Report on the lunatic asylums under the Government of Bombay - 1904-1913
Year: 1904
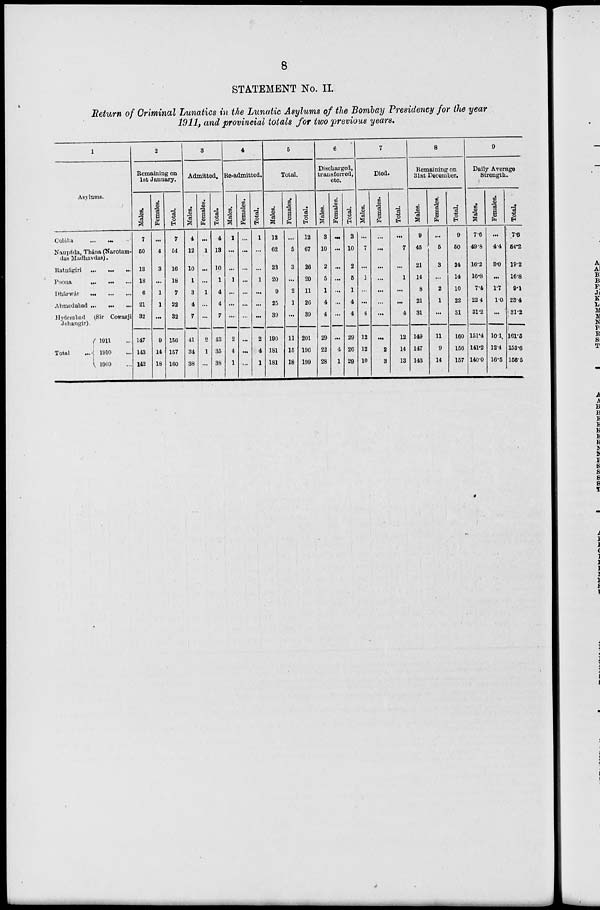
8
STATEMENT No. II.
Return of Criminal Lunatics in the Lunatic Asylums of the Bombay Presidency for the year
1911, and provincial totals for two previous years.
1
Asylums.
Colába
...
... ...
Naupáda, Thána (Narotam-
das Madhavdas).
Ratnágiri
...
...
...
Poona
...
...
...
Dhárwár
...
...
...
Ahmedabad ...
...
...
Hyderabad (Sir Cowasji
Jehangir).
Total ...
1911 ...
1910 ...
1909 ...
2
Remaining on
1st January.
Males.
7
50
13
18
6
21
32
147
143
142
Females.
...
4
3
...
1
1
...
9
14
18
Total.
7
54
16
18
7
22
32
156
157
160
3
Admitted.
Males.
4
12
10
1
3
4
7
41
34
38
Females.
...
1
...
...
1
...
...
2
1
...
Total.
4
13
10
1
4
4
7
43
35
38
4
Re-admitted.
Males.
1
...
...
1
...
...
...
2
4
1
Females.
...
...
...
...
...
...
...
...
...
...
Total.
1
...
...
1
...
...
...
2
4
1
5
Total.
Males.
12
62
23
20
9
25
39
190
181
181
Females.
...
5
3
...
2
1
...
11
15
18
Total.
12
67
26
20
11
26
39
201
196
199
6
Discharged,
transferred,
etc.
Males.
3
10
2
5
1
4
4
29
22
28
Females.
...
...
...
...
...
...
...
...
4
1
Total.
3
10
2
5
1
4
4
29
26
29
7
Died.
Males.
...
7
...
1
...
...
4
12
12
10
Females.
...
...
...
...
...
...
...
...
2
3
Total.
...
7
...
1
...
...
4
12
14
13
8
Remaining on
31st December.
Males.
9
45
21
14
8
21
31
149
147
143
Females.
...
5
3
...
2
1
...
11
9
14
Total.
9
50
24
14
10
22
31
160
156
157
9
Daily Average
Strength.
Males.
7.6
49.8
16.2
16.8
7.4
22.4
31.2
151.4
141.2
140.0
Females.
...
4.4
3.0
...
1.7
1.0
...
10.1
12.4
16.5
Total.
7.6
54.2
19.2
16.8
9.1
23.4
31.2
161.5
153.6
156.5